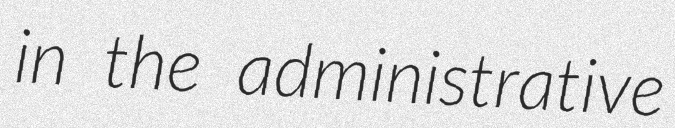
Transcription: in the administrative